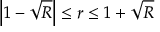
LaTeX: \left| 1 - \sqrt { R } \right| \leq r \leq 1 + \sqrt { R }